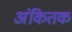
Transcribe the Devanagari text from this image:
अंकितक